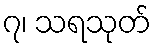
၇၊ သရသုတ်